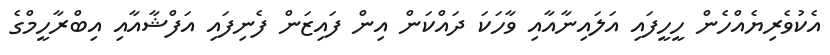
އެކުވެރިޔެއްހެން ހީހީފައި އަލައިނާއާއި ވާހަކަ ދައްކަން އިން ފައިޒަން ފެނިފައި އަފްޝާއާއި އިބްރާހީމްގެ